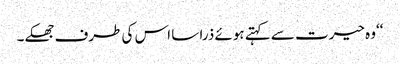
‘‘وہ حیرت سے کہتے ہوئے ذرا سا اس کی طرف جھکے۔